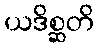
ယဒိစ္ဆတိ